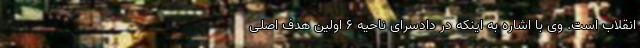
انقلاب است. وی با اشاره به اینکه در دادسرای ناحیه 6 اولین هدف اصلی